Civil Veterinary Department Bihar & Orissa reports 1929-36 - 1929-1936
Year: 1929
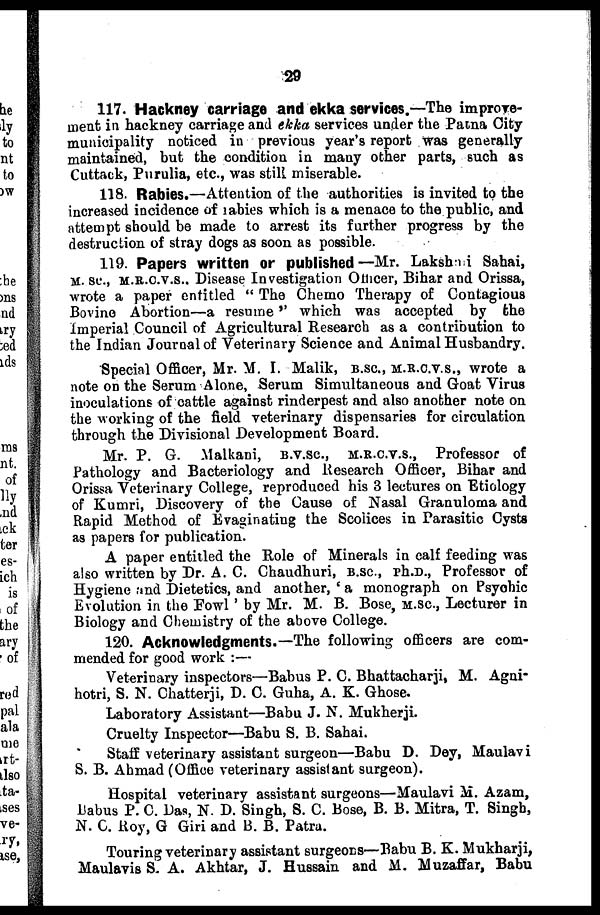
29
117. Hackney carriage and ekka services.—-The improve-
ment in hackney carriage and ekka services under the Patna City
municipality noticed in previous year's report was generally
maintained, hut the condition in many other parts, such as
Cuttack, Purulia, etc., was still miserable.
118. Rabies.—Attention of the authorities is invited to the
increased incidence of Rabies which is a menace to the public, and
attempt should be made to arrest its further progress by the
destruction of stray dogs as soon as possible.
119. Papers written or published—Mr. Lakshai Sahai,
M.SC., M.R.C.V.S., Disease Investigation Othcer, Bihar and Orissa,
wrote a paper entitled " The Chemo Therapy of Contagious
Bovine Abortion—a resume'' which was accepted by the
Imperial Council of Agricultural Research as a contribution to
the Indian Journal of Veterinary Science and Animal Husbandry.
Special Officer, Mr. M. I. Malik, B.SC, M.R.C.V.S., wrote a
note on the Serum Alone, Serum Simultaneous and Goat Virus
inoculations of cattle against rinderpest and also another note on
the working of the field veterinary dispensaries for circulation
through the Divisional Development Board.
Mr. P. G. Malkani, B.V.SC, M.R.C.V.S., Professor of
Pathology and Bacteriology and Research Officer, Bihar and
Orissa Veterinary College, reproduced his 3 lectures on Etiology
of Kumri, Discovery of the Cause of Nasal Granuloma and
Rapid Method of Evaginating the Scolices in Parasitic Cysts
as papers for publication.
A paper entitled the Role of Minerals in calf feeding was
also written by Dr. A. C. Chaudhuri, B.SC, Ph.D., Professor of
Hygiene and Dietetics, and another, ' a monograph on Psychic
Evolution in the Fowl' by Mr. M. B. Bose,M.SC, Lecturer in
Biology and Chemistry of the above College.
120. Acknowledgments.—The following officers are com-
mended for good work :—
Veterinary inspectors—Babus P. C. Bhattacharji, M. Agni-
hotri, S. N. Chatterji, D. C. Guha, A. K. Ghose.
Laboratory Assistant—Babu J. N. Mukherji.
Cruelty Inspector—Babu S. B. Sahai.
Staff veterinary assistant surgeon—Babu D. Dey, Maulavi
S. B. Ahmad (Office veterinary assistant surgeon).
Hospital veterinary assistant surgeons—Maulavi M. Azam,
Babus P. C. Das, N. D. Singh, S. C. Bose, B. B. Mitra, T. Singh,
N. C. Roy, G Giri and B. B. Patra.
Touring veterinary assistant surgeons—Babu B. K. Mukharji,
Maulavis S. A. Akhtar, J. Hussain and M. Muzaffar, Babu